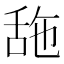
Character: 𦧓